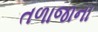
તળાજાના